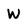
Character: W